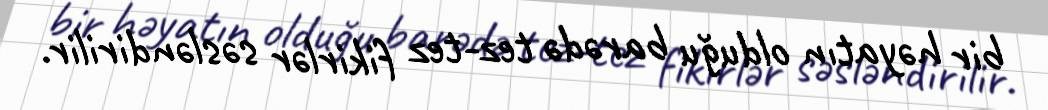
bir həyatın olduğu barədə tez-tez fikirlər səsləndirilir.